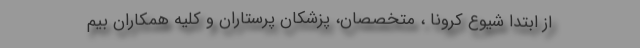
از ابتدا شیوع کرونا ، متخصصان، پزشکان پرستاران و کلیه همکاران بیم